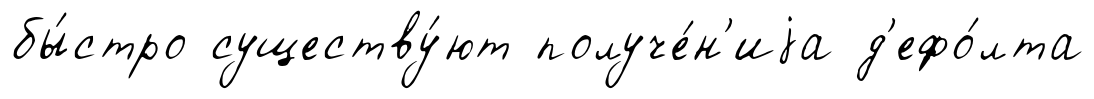
бы́стро существу́ют получе́н'иjа д'ефо́лта